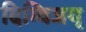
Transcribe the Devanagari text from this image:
दिग्विजय्